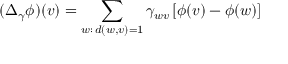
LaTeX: ( \Delta _ { \gamma } \phi ) ( v ) = \sum _ { w : \, d ( w , v ) = 1 } \gamma _ { w v } \left[ \phi ( v ) - \phi ( w ) \right]